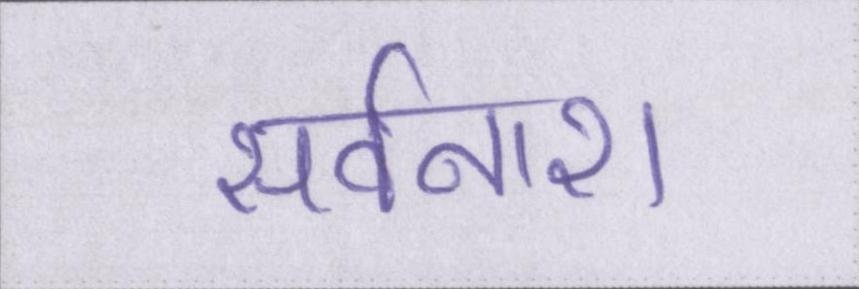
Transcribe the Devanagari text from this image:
सर्वनाश